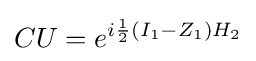
CU=e^{i{\frac {1}{2}}(I_{1}-Z_{1})H_{2}}